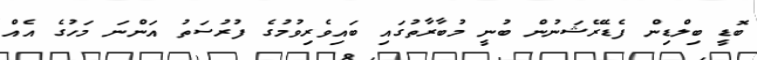
ބޮޑީ ބިލްޑިން ފެޑެރޭޝަނުން ބުނީ މުބާރާތުގައި ބައިވެރިވުމުގެ ފުރުސަތު އަންނަ މަހުގެ އެއް